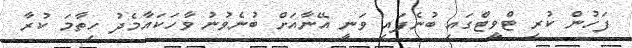
ފަހުން ކުރި ޓްވީޓްގައި ބުނެފައި ވަނީ އޭނާއަށް ބުނެވުނު ވާހަކައާމެދު ހިތާމަ ކުރާ